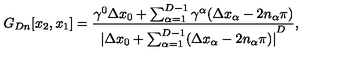
G _ { D n } [ x _ { 2 } , x _ { 1 } ] = \frac { \gamma ^ { 0 } \Delta x _ { 0 } + \sum _ { \alpha = 1 } ^ { D - 1 } \gamma ^ { \alpha } ( \Delta x _ { \alpha } - 2 n _ { \alpha } \pi ) } { { \vert { \Delta x _ { 0 } + \sum _ { \alpha = 1 } ^ { D - 1 } ( \Delta x _ { \alpha } - 2 n _ { \alpha } \pi ) } \vert } ^ { D } } ,